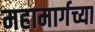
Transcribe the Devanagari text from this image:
महामार्गच्या